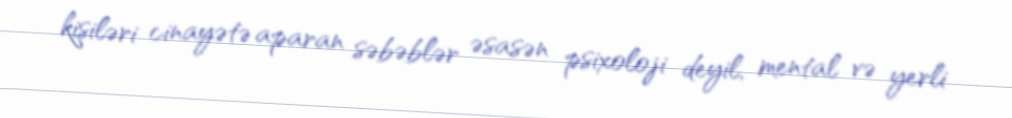
kişiləri cinayətə aparan səbəblər əsasən psixoloji deyil, mental və yerli